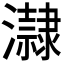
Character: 𤃀